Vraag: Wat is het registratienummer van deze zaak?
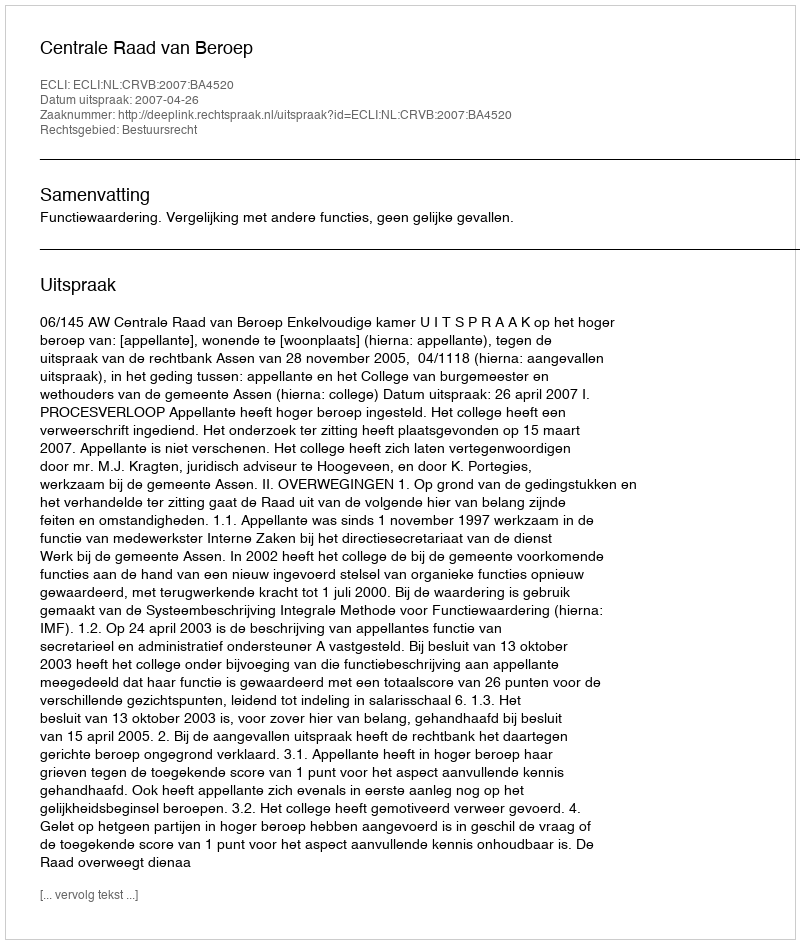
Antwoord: http://deeplink.rechtspraak.nl/uitspraak?id=ECLI:NL:CRVB:2007:BA4520